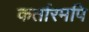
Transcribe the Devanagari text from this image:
कर्तारमपि